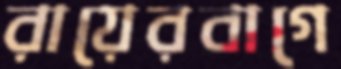
রায়েরবাগে